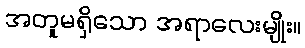
အတူမရှိသော အရာလေးမျိုး။